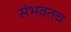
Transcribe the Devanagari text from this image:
संभवतच